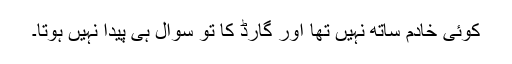
کوئی خادم ساتھ نہیں تھا اور گارڈ کا تو سوال ہی پیدا نہیں ہوتا۔